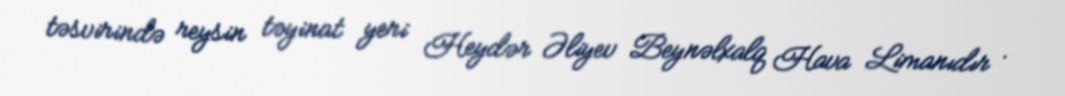
təsvirində reysin təyinat yeri Heydər Əliyev Beynəlxalq Hava Limanıdır .